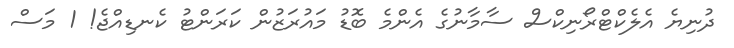
ދުނިޔެ އެލެކްޓްރޯނިކްސް ސާމާނުގެ އެންމެ ބޮޑު މައުރަޒުން ކަރަންޓު ކެނޑިއްޖެ! 1 މަސް